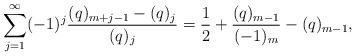
LaTeX: \begin{align*}\sum_{j=1}^{\infty}(-1)^j\frac{(q)_{m+j-1}-(q)_j}{(q)_j}=\frac{1}{2}+\frac{(q)_{m-1}}{(-1)_m}-(q)_{m-1},\end{align*}